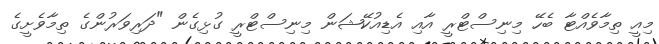
މިއީ ތިމާވެއްޓާ ބެހޭ މިނިސްޓްރީ އާއި އެޑިއުކޭޝަން މިނިސްޓްރީ ގުޅިގެން "ދަރިވަރުންގެ ތިމާވެށީގެ